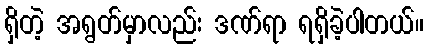
ရှိတဲ့ အရွတ်မှာလည်း ဒဏ်ရာ ရရှိခဲ့ပါတယ်။